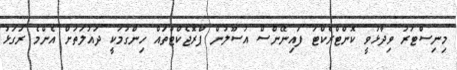
މިނިސްޓަރު ވިދާޅުވީ ކޮންޓްރެެކްޓަ ފައިނޭންސް އުސޫލުން ޕްރޮޖެކްޓްތައް ހިންގުމަކީ ދައުލަތަށް އެންމެ ރަގަޅު